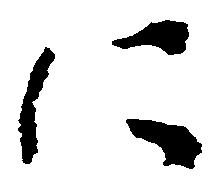
に